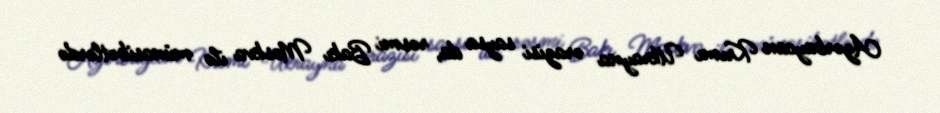
Azərbaycan Krımı Ukrayna ərazisi saysa da, rəsmi Bakı Moskva ilə münasibətlərdə